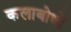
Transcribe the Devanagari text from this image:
कलाबोधों